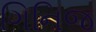
ગિનિજ